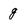
Character: g